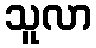
သူလာ